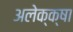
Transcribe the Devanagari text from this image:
अलेक्क्षा